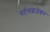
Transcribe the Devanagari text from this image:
बर्टनाइज़ेशन